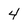
Character: 4